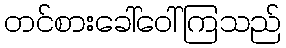
တင်စားခေါ်ဝေါ်ကြသည်